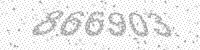
Solution: 866903